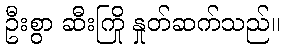
ဦးစွာ ဆီးကြို နှုတ်ဆက်သည်။